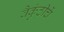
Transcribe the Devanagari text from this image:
वैकुंठीचें